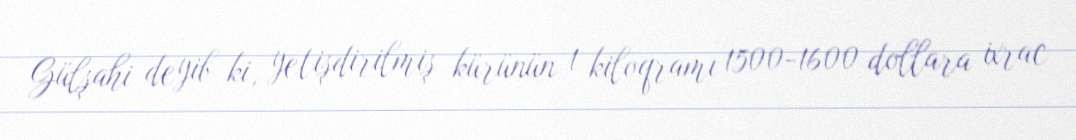
Gülşahi deyib ki, yetişdirilmiş kürünün 1 kiloqramı 1500-1600 dollara ixrac